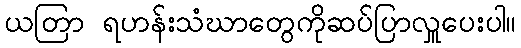
ယတြာ ရဟန်းသံဃာတွေကိုဆပ်ပြာလှူပေးပါ။